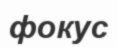
фокус